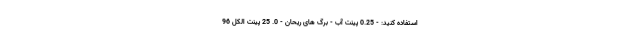
استفاده کنید: - 0.25 پینت آب - برگ های ریحان - 0. 25 پینت الکل 96